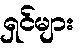
ရှင်များ